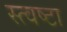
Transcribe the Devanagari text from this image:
स्त्वष्टा